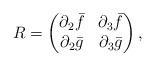
LaTeX: \begin{align*}R=\begin{pmatrix}\partial_2 \bar f & \partial_3 \bar f\\\partial_2 \bar g & \partial_3 \bar g\end{pmatrix},\end{align*}